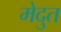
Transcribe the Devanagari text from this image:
मेदुत